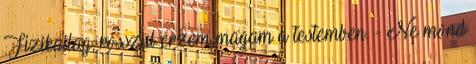
Fizikailag, rosszul érzem magam a testemben. - Ne mond